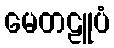
မေတဠူပံ